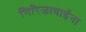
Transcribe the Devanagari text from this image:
गिरिजाबाईंना